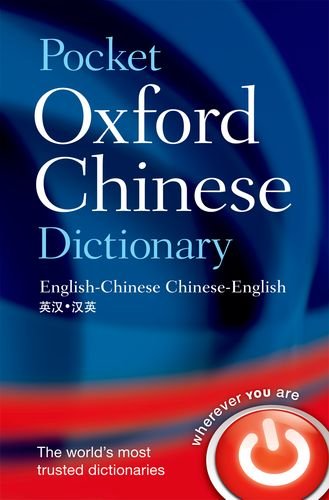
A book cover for Pocket Oxford Chinese Dictionary (Oxford Dictionaries); Oxford Dictionaries; Reference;